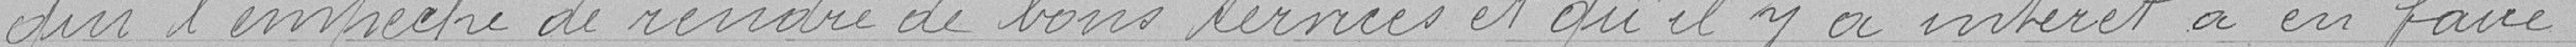
qui l'empêche de rendre de bons services et qu'il y a intérêt à en faire